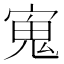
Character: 𭔉